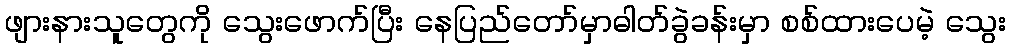
ဖျားနားသူတွေကို သွေးဖောက်ပြီး နေပြည်တော်မှာဓါတ်ခွဲခန်းမှာ စစ်ထားပေမဲ့ သွေး